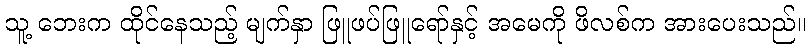
သူ့ ဘေးက ထိုင်နေသည့် မျက်နှာ ဖြူဖပ်ဖြူရော်နှင့် အမေကို ဖိလစ်က အားပေးသည်။